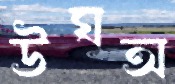
উঘঅ